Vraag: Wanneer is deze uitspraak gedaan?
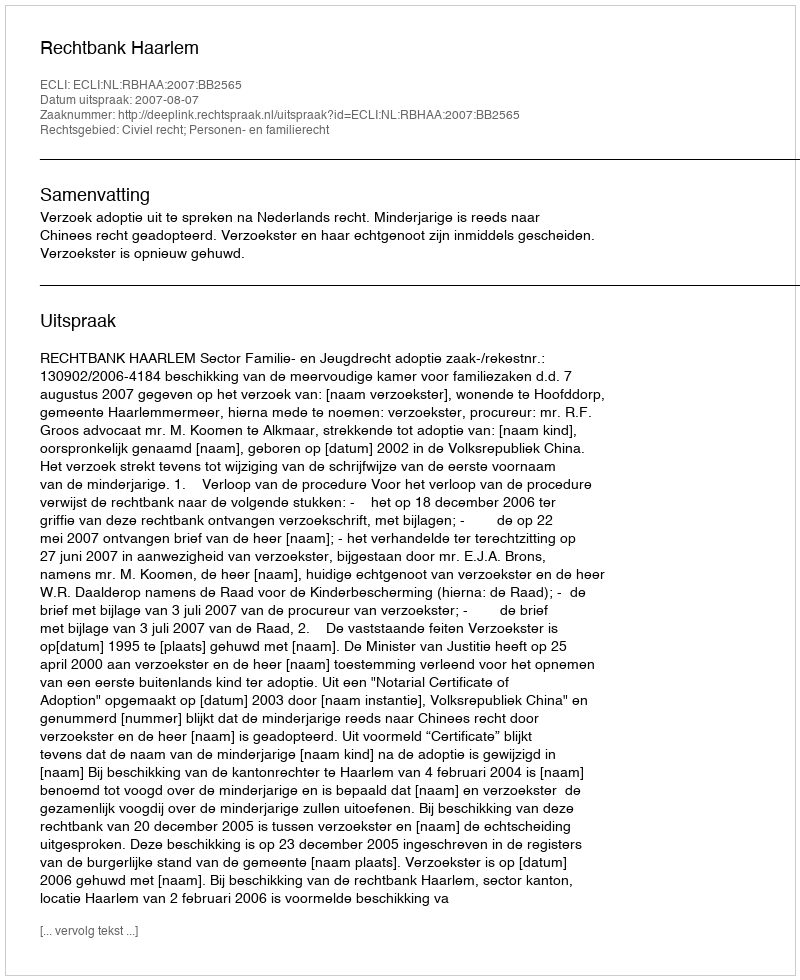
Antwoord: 2007-08-07